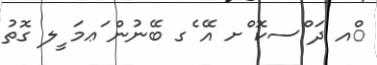
ްއ ދަ ްސކޮ ްށ އޭ ެގ ބޭނުން ަޢމަ ީލ ގޮތު